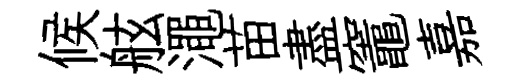
候舷澠苗盡竈嘉